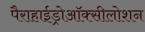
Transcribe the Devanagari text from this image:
पैराहाईड्रोऑक्सीलोशन